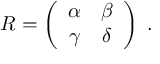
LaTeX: R = \left( \begin{array} { c c } { { \alpha } } & { { \beta } } \\ { { \gamma } } & { { \delta } } \end{array} \right) \; .